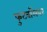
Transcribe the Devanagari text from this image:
फुटबॉलवर